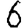
Digit: 6